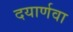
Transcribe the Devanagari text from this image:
दयार्णवा